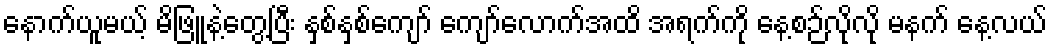
နောက်ယူမယ့် မိဖြူနဲ့တွေ့ပြီး နှစ်နှစ်ကျော် ကျော်လောက်အထိ အရက်ကို နေ့စဉ်လိုလို မနက် နေ့လယ်